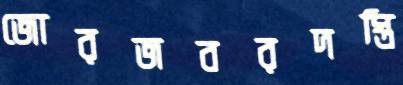
জোরজবরদস্তি